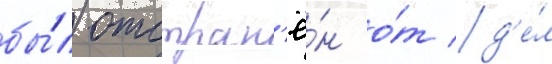
бы́л отстран'ё́н о́т д'е́л